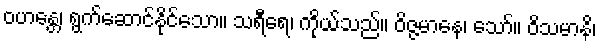
ဝဟန္တေ၊ ရွက်ဆောင်နိုင်သော။ သရီရေ၊ ကိုယ်သည်။ ဝိဇ္ဇမာနေ၊ သော်။ ဝိသမာနိ၊